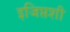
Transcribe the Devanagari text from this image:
इजिप्तशी